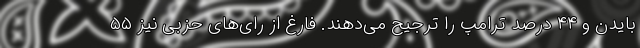
بایدن و ۴۴ درصد ترامپ را ترجیح می‌دهند. فارغ از رای‌های حزبی نیز ۵۵